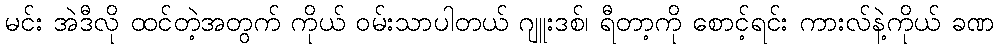
မင်း အဲဒီလို ထင်တဲ့အတွက် ကိုယ် ဝမ်းသာပါတယ် ဂျူးဒစ်၊ ရီတာ့ကို စောင့်ရင်း ကားလ်နဲ့ကိုယ် ခဏ